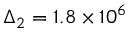
\Delta _ { 2 } = 1 . 8 \times 1 0 ^ { 6 }